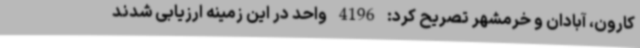
کارون، آبادان و خرمشهر تصریح کرد: 4196 واحد در این زمینه ارزیابی شدند